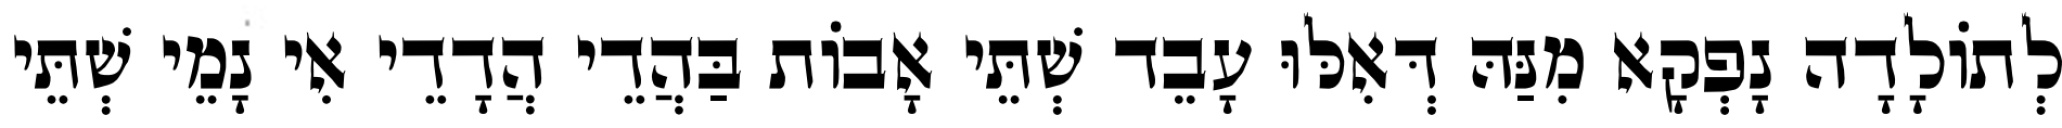
לְתוֹלָדָה נָפְקָא מִנַּהּ דְּאִלּוּ עָבֵד שְׁתֵּי אָבוֹת בַּהֲדֵי הֲדָדֵי אִי נָמֵי שְׁתֵּי